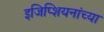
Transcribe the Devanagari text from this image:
इजिप्शियनांच्या